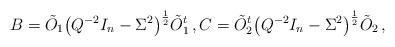
LaTeX: \begin{align*} {}& B = \tilde{O}_1 \bigl( Q^{-2} I_n - \Sigma^2 \bigr)^{\frac 12} \tilde{O}_1^t \,, C = \tilde{O}_2^t \bigl( Q^{-2} I_n - \Sigma^2 \bigr)^{\frac 12} \tilde{O}_2 \,,\end{align*}